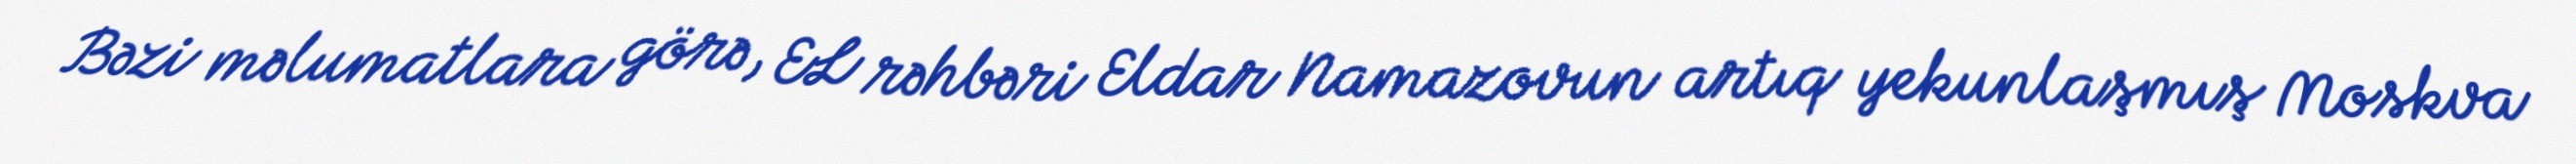
Bəzi məlumatlara görə, EL rəhbəri Eldar Namazovun artıq yekunlaşmış Moskva